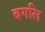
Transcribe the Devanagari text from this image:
बगलि